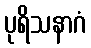
ပုရိသနာဂံ